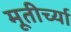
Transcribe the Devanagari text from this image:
मूतीर्च्या